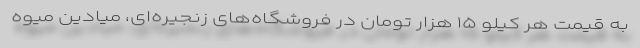
به قیمت هر کیلو ۱۵ هزار تومان در فروشگاه‌های زنجیره‌ای، میادین میوه